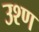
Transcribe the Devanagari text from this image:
उश्ण